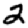
Digit: 2